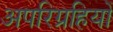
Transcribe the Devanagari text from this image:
अपरिग्रहियों